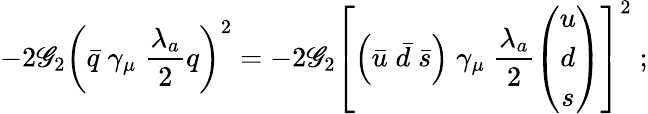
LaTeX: -2\mathscr{G}_{2}\left(\bar{{q}}\; \gamma_{\mu}\; \frac{{\lambda_{a}}}{{2}}q\right)^{2}=-2\mathscr{G}_{2}\left[\left(\bar{{u}}\; \bar{{d}}\; \bar{{s}}\right)\; \gamma_{\mu}\; \frac{{\lambda_{a}}}{{2}}\left(\begin{array}{c}{{u}}\\ {{d}}\\ {{s}}\end{array}\right)\right]^{2}\; ;